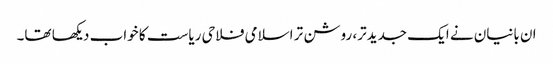
ان بانیان نے ایک جدیدتر، روشن تر اسلامی فلاحی ریاست کا خواب دیکھا تھا۔